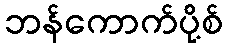
ဘန်ကောက်ပို့စ်